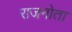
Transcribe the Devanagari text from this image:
राजनोता